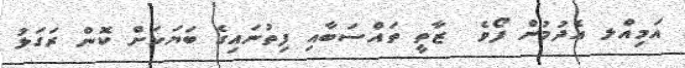
އަމިއްލ އެދުމުން ފޯވެ  ޒާތީ ތައްސަބާއި ފިތުނައިގެ ބަޔަކަށް ކޮން ރަގަޅު